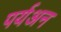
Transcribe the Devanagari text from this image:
पर्यअन